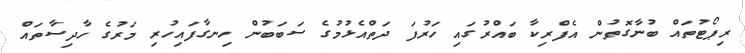
ރިޕޯޓުތައް ބުނާގޮތުން އެފްރިކާ ބައްރުގައި ހަރުފަ ދަތްއެޅުމުގެ ސަބަބުން ހިނގާފައިހުރި މަރުގެ ހާދިސާތައް